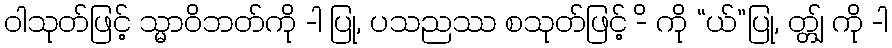
ဝါသုတ်ဖြင့် သ္မာဝိဘတ်ကို -ါ ပြု, ပသညဿ စသုတ်ဖြင့် -ိ ကို “ယ်”ပြု, တ္တျ် ကို -ါ